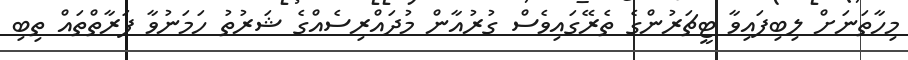
މިހާތަނަށް ލިބިފައިވާ ޓީޗަރުންގެ ތެރޭގައިވެސް ގުރުއާން މުދައްރިސެއްގެ ޝަރުތު ހަމަނުވާ ފަރާތްތައް ތިބި